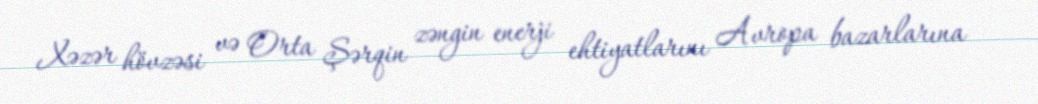
Xəzər hövzəsi və Orta Şərqin zəngin enerji ehtiyatlarını Avropa bazarlarına